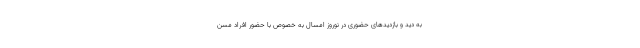
به دید و بازدیدهای حضوری در نوروز امسال به خصوص با حضور افراد مسن